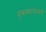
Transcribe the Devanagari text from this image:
पुस्तकानंतरचे